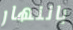
بالنهار